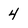
Character: 4